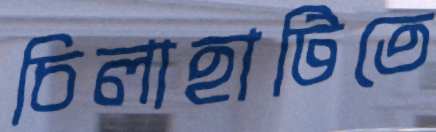
চিলাহাটিতে